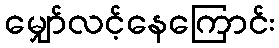
မျှော်လင့်နေကြောင်း